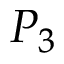
P _ { 3 }